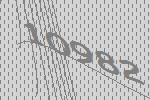
10982